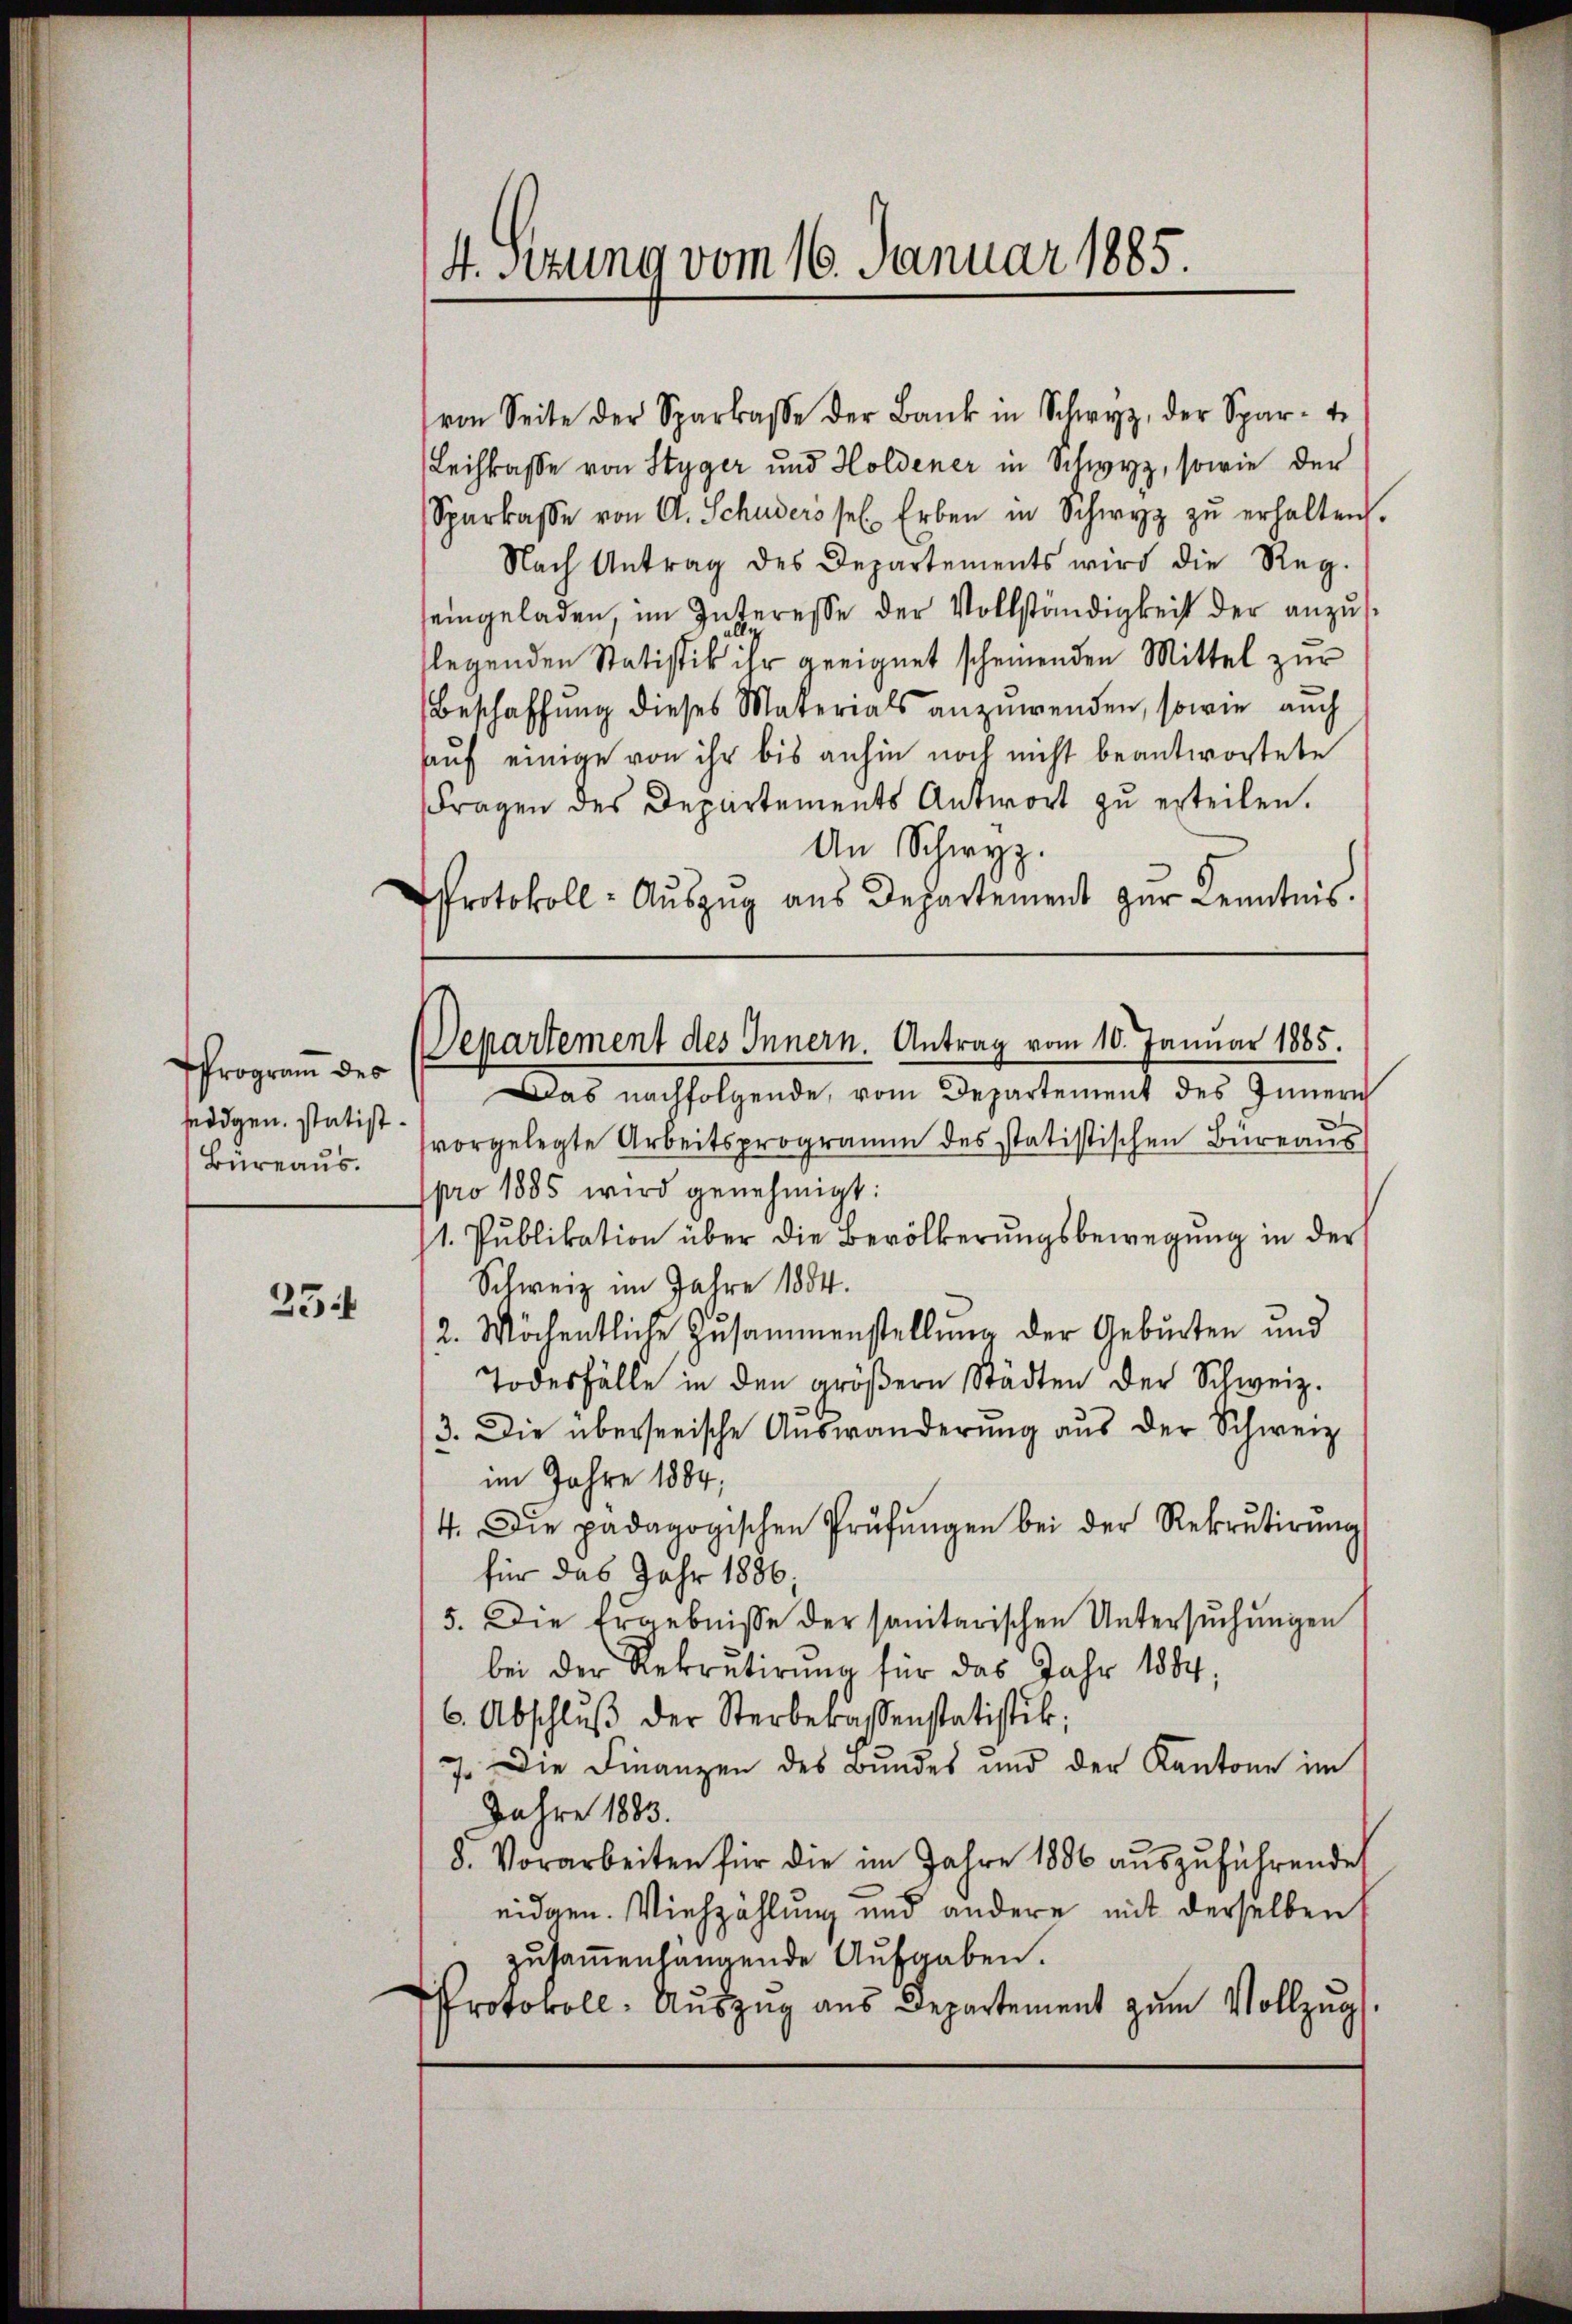
Program des
Büreaus.

25.

Protokoll- Aŭszŭg aŭs Departement zŭr Kenntnis.

von Seite der Sparkasse der Bank in Schwyz, der Spar-
Leihkasse von Styger und Holdener in Schwyz, sowie der
Sparkasse von A. Schuders sel. Erben in Schwyz zŭ erhalten.
Nach Antrag des Departements wird die Reg.
eingeladen, im Interesse der Vollständigkeit der anzus¬
.
legenden Statistik ihr geeignet scheinenden Mittel zur
Beschaffung dieses Materials anzuwenden, sowie auch
auf einige von ihr bis anhin noch nicht beantwortete
Fragen des Departements Antwort zu erteilen.
An Schwyz.
Das nachfolgende, vom Departement des Innern
sedigen statist vorgelegte Arbeitsprogramm des statistischen Büreaus
pro 1885 wird genehmigt:
1. Pŭblikation über die Bevölkerŭngsbewegung in der
Schweiz im Jahre 1884.
12. Möchentliche Zusammenstellung der Geburten und
Todesfälle in den gröβern Städten der Schweiz.
3. Die überseeische Auswanderung aus der Schweiz
im Jahre 1884,
4. Die padagogischen Prüfŭngen bei der Rekrutirŭng
für das Jahr 1886,
5. Die Ergebnisse der sanitarischen Untersuchungen
bei der Rekrutirŭng für das Jahr 1884,
6. Abschlŭβ der Sterberassenstatistik;
7. Die Finanzen des Bundes und der Kantone im
Jahre 1883.
8. Vorarbeiten für die im Jahre 1886 aŭszŭführende
eidgen. Viehzählung und andere mit derselben
zusammenhängende Aufgaben.
Protokoll. Auszug aus Departement zum Vollzug.

4. Sizung vom 16. Januar 1885.

Departement des Innern. Antrag vom 10. Januar 1885.